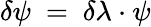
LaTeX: \delta\psi~=~\delta\lambda\cdot\psi